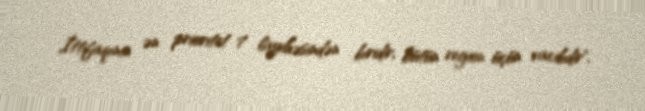
İttifaqının ən prioritet 7 layihəsindən biridir, bütün region üçün vacibdir".